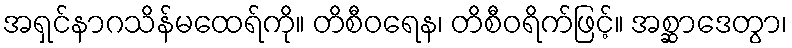
အရှင်နာဂသိန်မထေရ်ကို။ တိစီဝရေန၊ တိစီဝရိက်ဖြင့်။ အစ္ဆာဒေတွာ၊